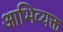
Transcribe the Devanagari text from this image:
आभिव्यक्त